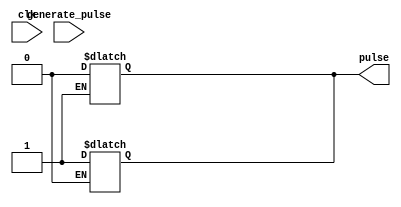
module pulse_generator #(
	parameter PULSE_WIDTH = 4'd1
	)(
	input wire clk,
	input wire generate_pulse,
	output reg pulse
	);

	// state declarations
	localparam 
		off = 1'b0,
		on = 1'b1;

	// signal declarations
	reg state_reg = off;
	reg state_next = off; 
	reg [3:0] count = 0;

	// ---------- next state logic --------------
	always @(posedge(clk)) begin
		state_reg = state_next;
		count = count + 1;
	end

	always @(generate_pulse) begin
		if(state_reg == off) begin
				count = 0;
				pulse = 1;
				state_next = on;
		end
	end

	always @(count) begin
		if(state_reg == on) begin
				if(count == PULSE_WIDTH) begin
					pulse = 0;
					state_next = off;
				end
		end
	end
	//------------------------------------------

endmodule